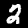
Label: 2